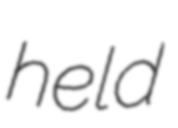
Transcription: held